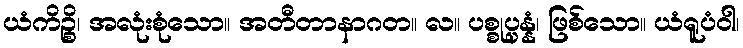
ယံကိဉ္စိ၊ အလုံးစုံသော။ အတီတာနာဂတ။ လ။ ပစ္စုပ္ပန္နံ၊ ဖြစ်သော။ ယံရူပံဝါ၊